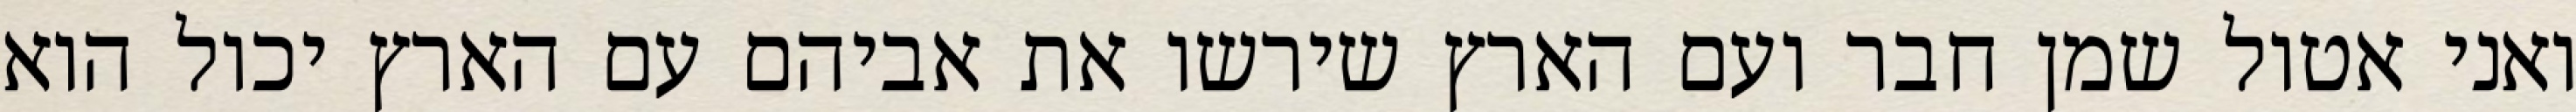
ואני אטול שמן חבר ועם הארץ שירשו את אביהם עם הארץ יכול הוא